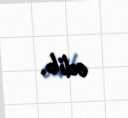
edib.